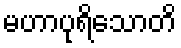
မဟာပုရိသောတိ